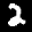
Label: 2